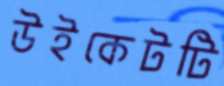
উইকেটটি